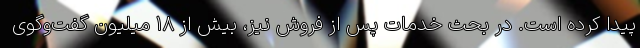
پیدا کرده است. در بحث خدمات پس از فروش نیز، بیش از 18 میلیون گفت‌وگوی